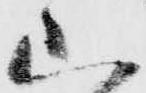
山